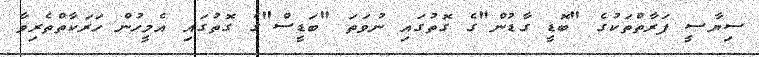
ސިޔާސީ ފަރާތްތަކުގެ "ބޮޑީ ގާޑުން"ގެ ގޮތުގައި ނުވަތަ "ބަޑީސް"ގެ ގޮތުގައި އެމީހުން ހަރަކާތްތެރިވާ